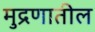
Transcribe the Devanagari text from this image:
मुद्रणातील